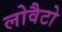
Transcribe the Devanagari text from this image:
लोवैटो